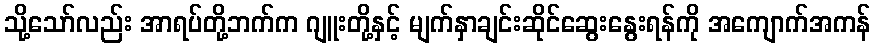
သို့သော်လည်း အာရပ်တို့ဘက်က ဂျူးတို့နှင့် မျက်နှာချင်းဆိုင်ဆွေးနွေးရန်ကို အကျောက်အကန်